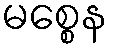
မစ္စေန